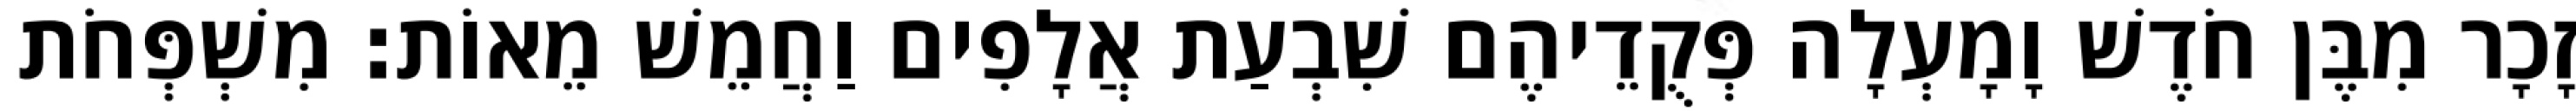
זָכָר מִבֶּן חֹדֶשׁ וָמָעְלָה פְּקֻדֵיהֶם שִׁבְעַת אֲלָפִים וַחֲמֵשׁ מֵאוֹת׃ מִשְׁפְּחֹת